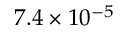
7 . 4 \times 1 0 ^ { - 5 }